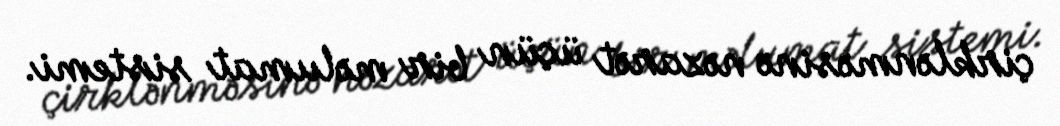
çirklənməsinə nəzarət üçün bir məlumat sistemi.